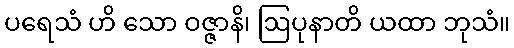
ပရေသံ ဟိ သော ဝဇ္ဇာနိ၊ ဩပုနာတိ ယထာ ဘုသံ။